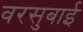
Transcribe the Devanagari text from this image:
वरसुबाई